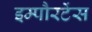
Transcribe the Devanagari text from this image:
इम्पौरटेंस